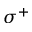
\sigma ^ { + }